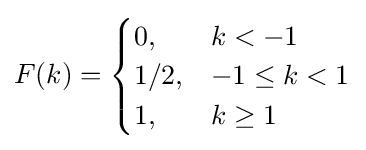
F(k)={\begin{cases}0,&k<-1\\1/2,&-1\leq k<1\\1,&k\geq 1\end{cases}}